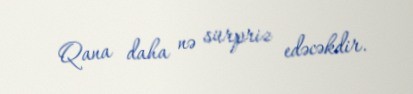
Qana daha nə sürpriz edəcəkdir.